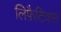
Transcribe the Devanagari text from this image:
लिफ़ैटिक्स